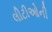
લીટીઓની